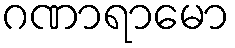
ဂဏာရာမော